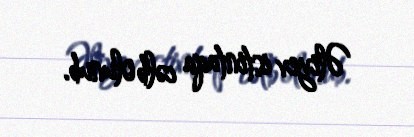
Əliyev istintaqa cəlb olunub.